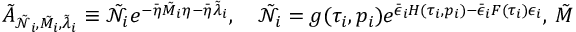
\tilde { A } _ { \tilde { \mathcal { N } } _ { i } , \tilde { M _ { i } } , \tilde { \lambda } _ { i } } \equiv \tilde { \mathcal { N } } _ { i } e ^ { - \bar { \eta } \tilde { M } _ { i } \eta - \bar { \eta } \tilde { \lambda } _ { i } } , \quad \tilde { \mathcal { N } } _ { i } = g ( \tau _ { i } , p _ { i } ) e ^ { \bar { \epsilon } _ { i } H ( \tau _ { i } , p _ { i } ) - \bar { \epsilon } _ { i } F ( \tau _ { i } ) \epsilon _ { i } } , \, \tilde { M }